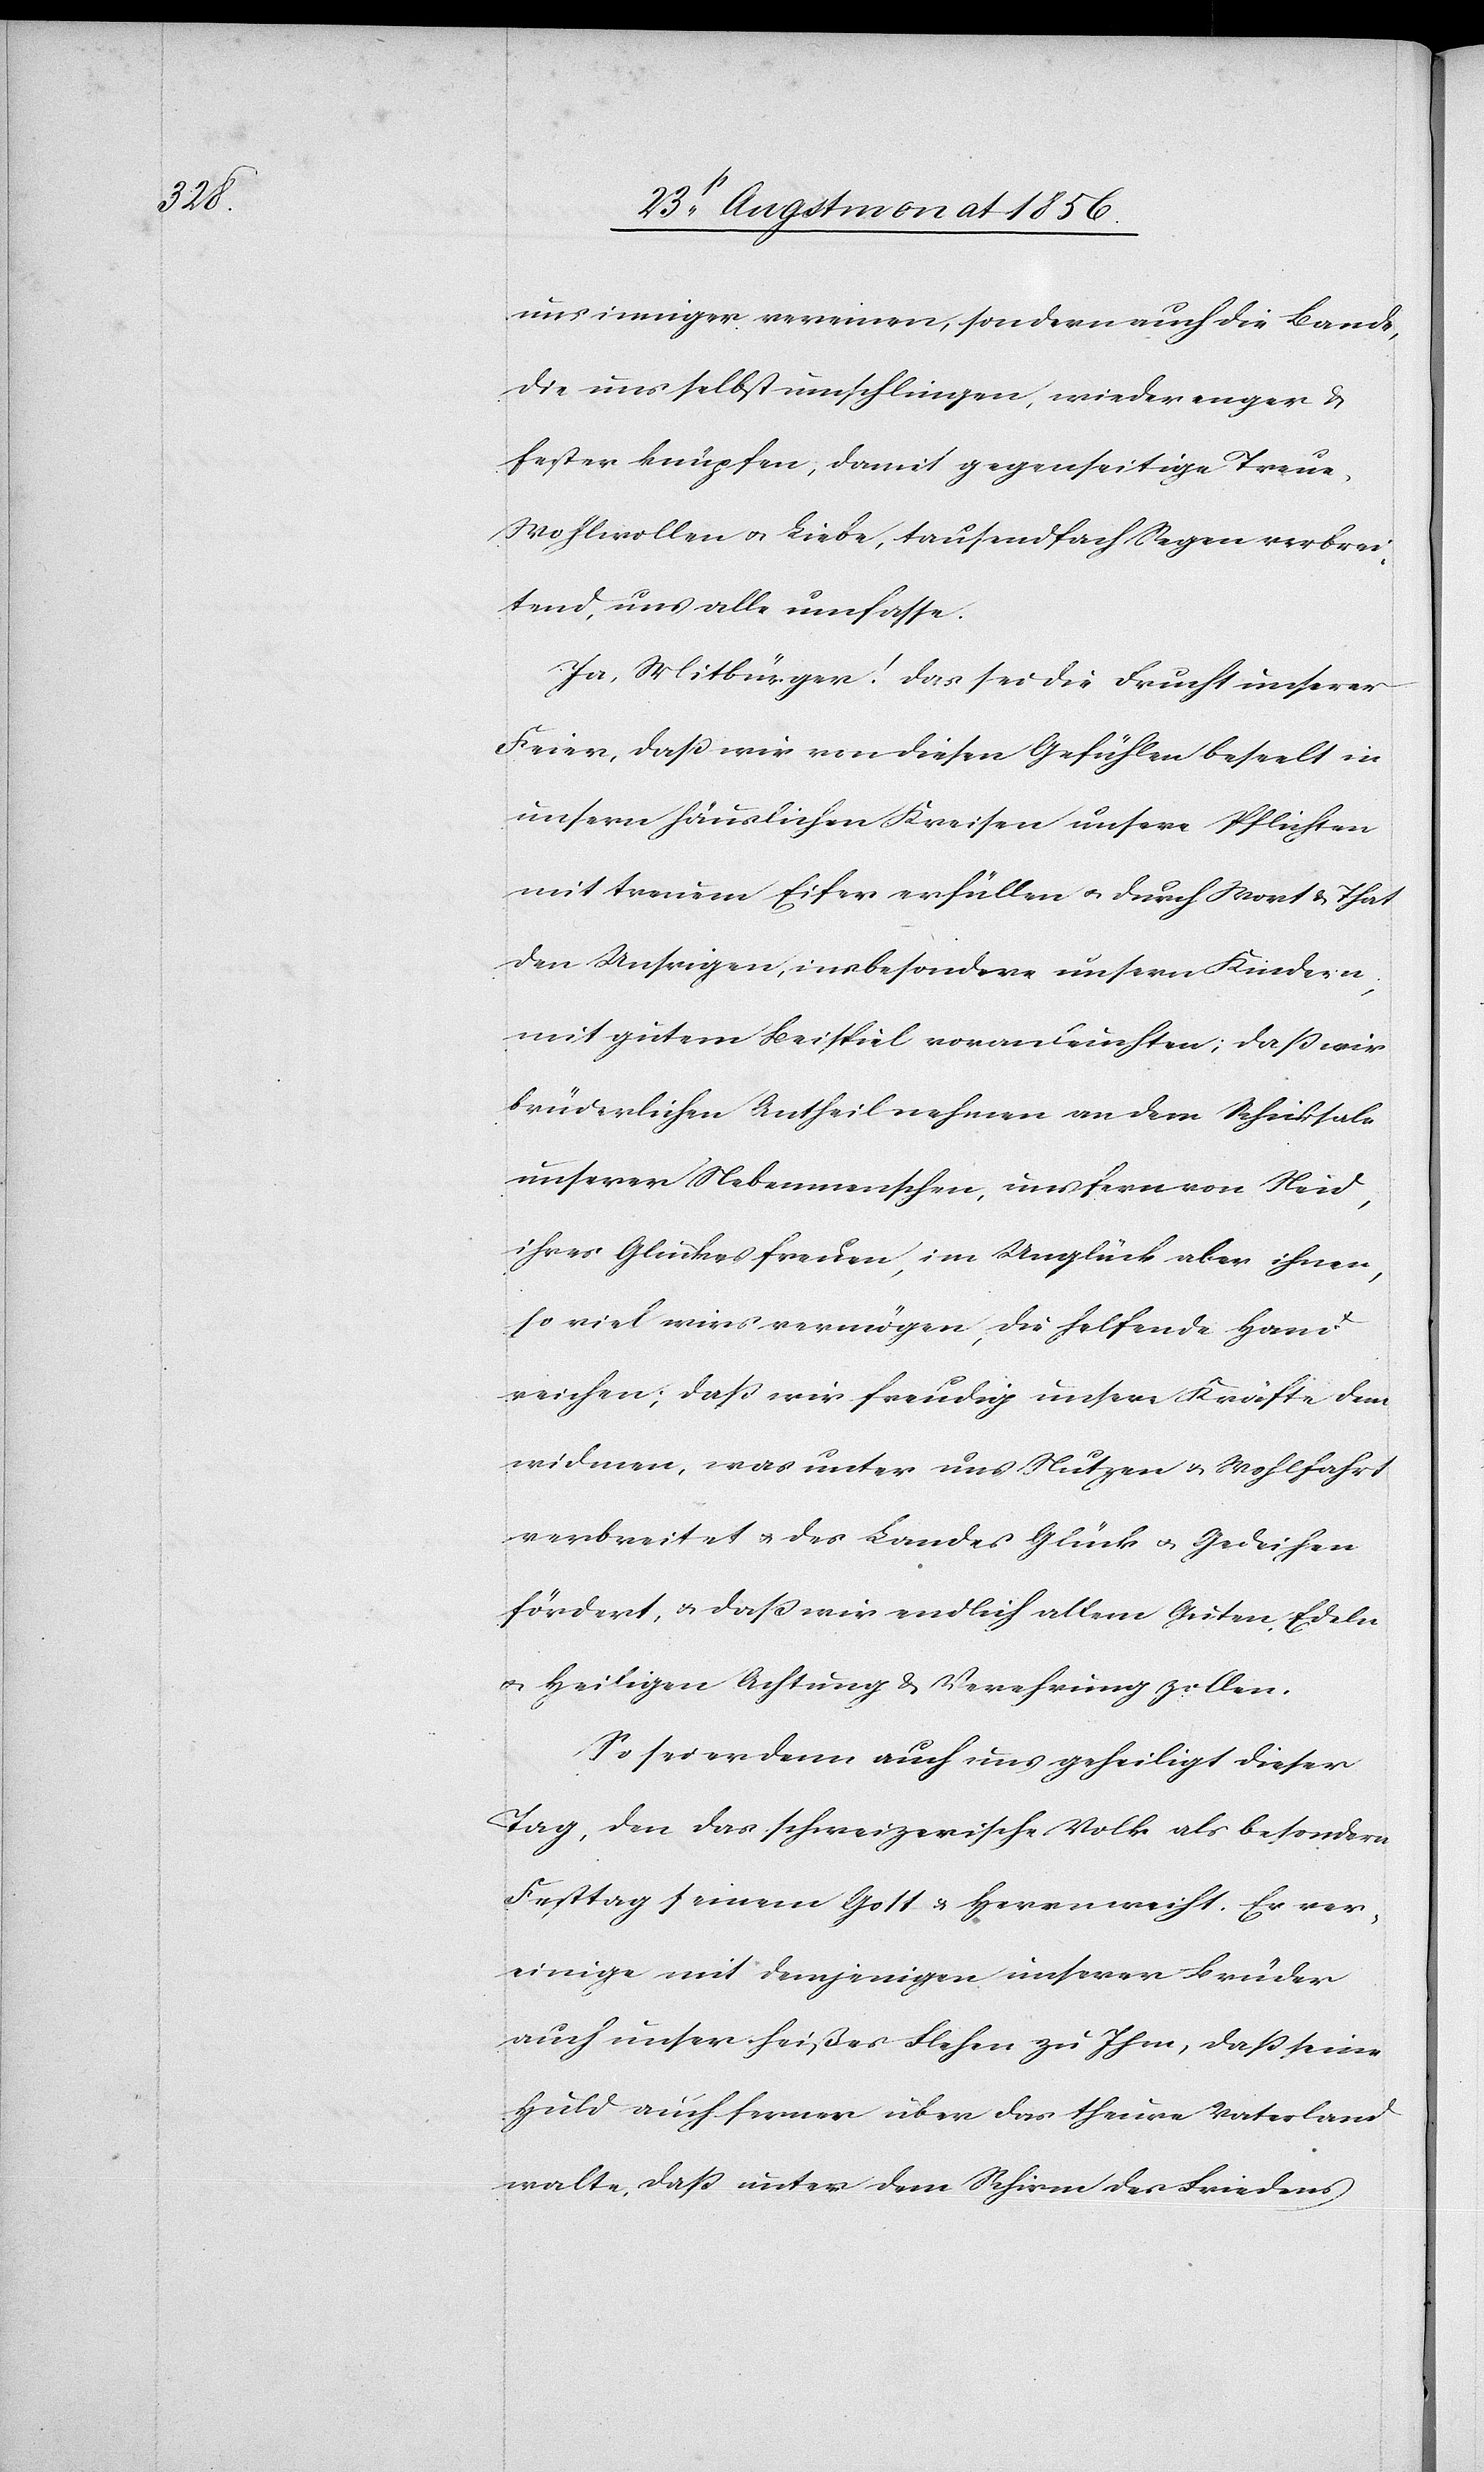
uns inniger vereinen, sondern auch die Bande
die uns selbst umschlingen, wieder enger &
fester knüpfen, damit gegenseitige Treue,
Wohlwollen u. Liebe, tausendfach Segen verbrei¬
tend, uns alle umfasse.
Ja, Mitbürger! Das sei die Frucht unserer
Feier, dass wir von diesen Gefühlen beseelt in
unsern häuslichen Kreisen unsere Pflichten
mit treuem Eifer erfüllen u. durch Wort & That
den Unsrigen, insbesondere unsern Kindern,
mit gutem Beispiel voranleuchten; dass wir
brüderlichen Antheil nehmen an dem Schicksal
unserer Nebenmenschen, uns fern von Neid,
ihres Glückes freuen, im Unglück aber ihnen,
so viel wirs vermögen, die helfende Hand
reichen; dass wir freudig unsere Kräfte dem
widmen, was unter uns Nutzen & Wohlfahrt
verbreitet u. des Landes Glück u. Gedeihen
fördert, u. dass wir endlich allem Guten, Edeln
u. Heiligen Achtung & Verehrung zollen.
So sei er denn auch uns geheiligt dieser
Tag, den das schweizerische Volk als besondern
Festtag seinem Gott & Herrn weiht. Er ver¬
einige mit demjenigen unserer Brüder
auch unser heißes Flehen zu Ihm, dass seine
Huld auch ferner über das theure Vaterland
walte, dass unter dem Schirm des Friedens